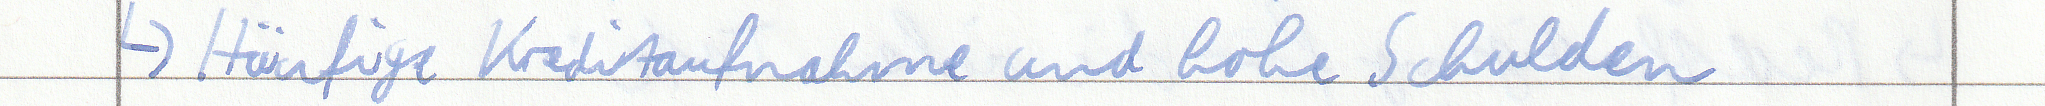
-> Häufige Kreditaufnahme und hohe Schulden